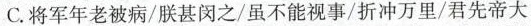
C.将军年老被病/朕甚闵之/虽不能视事/折冲万里/君先帝大